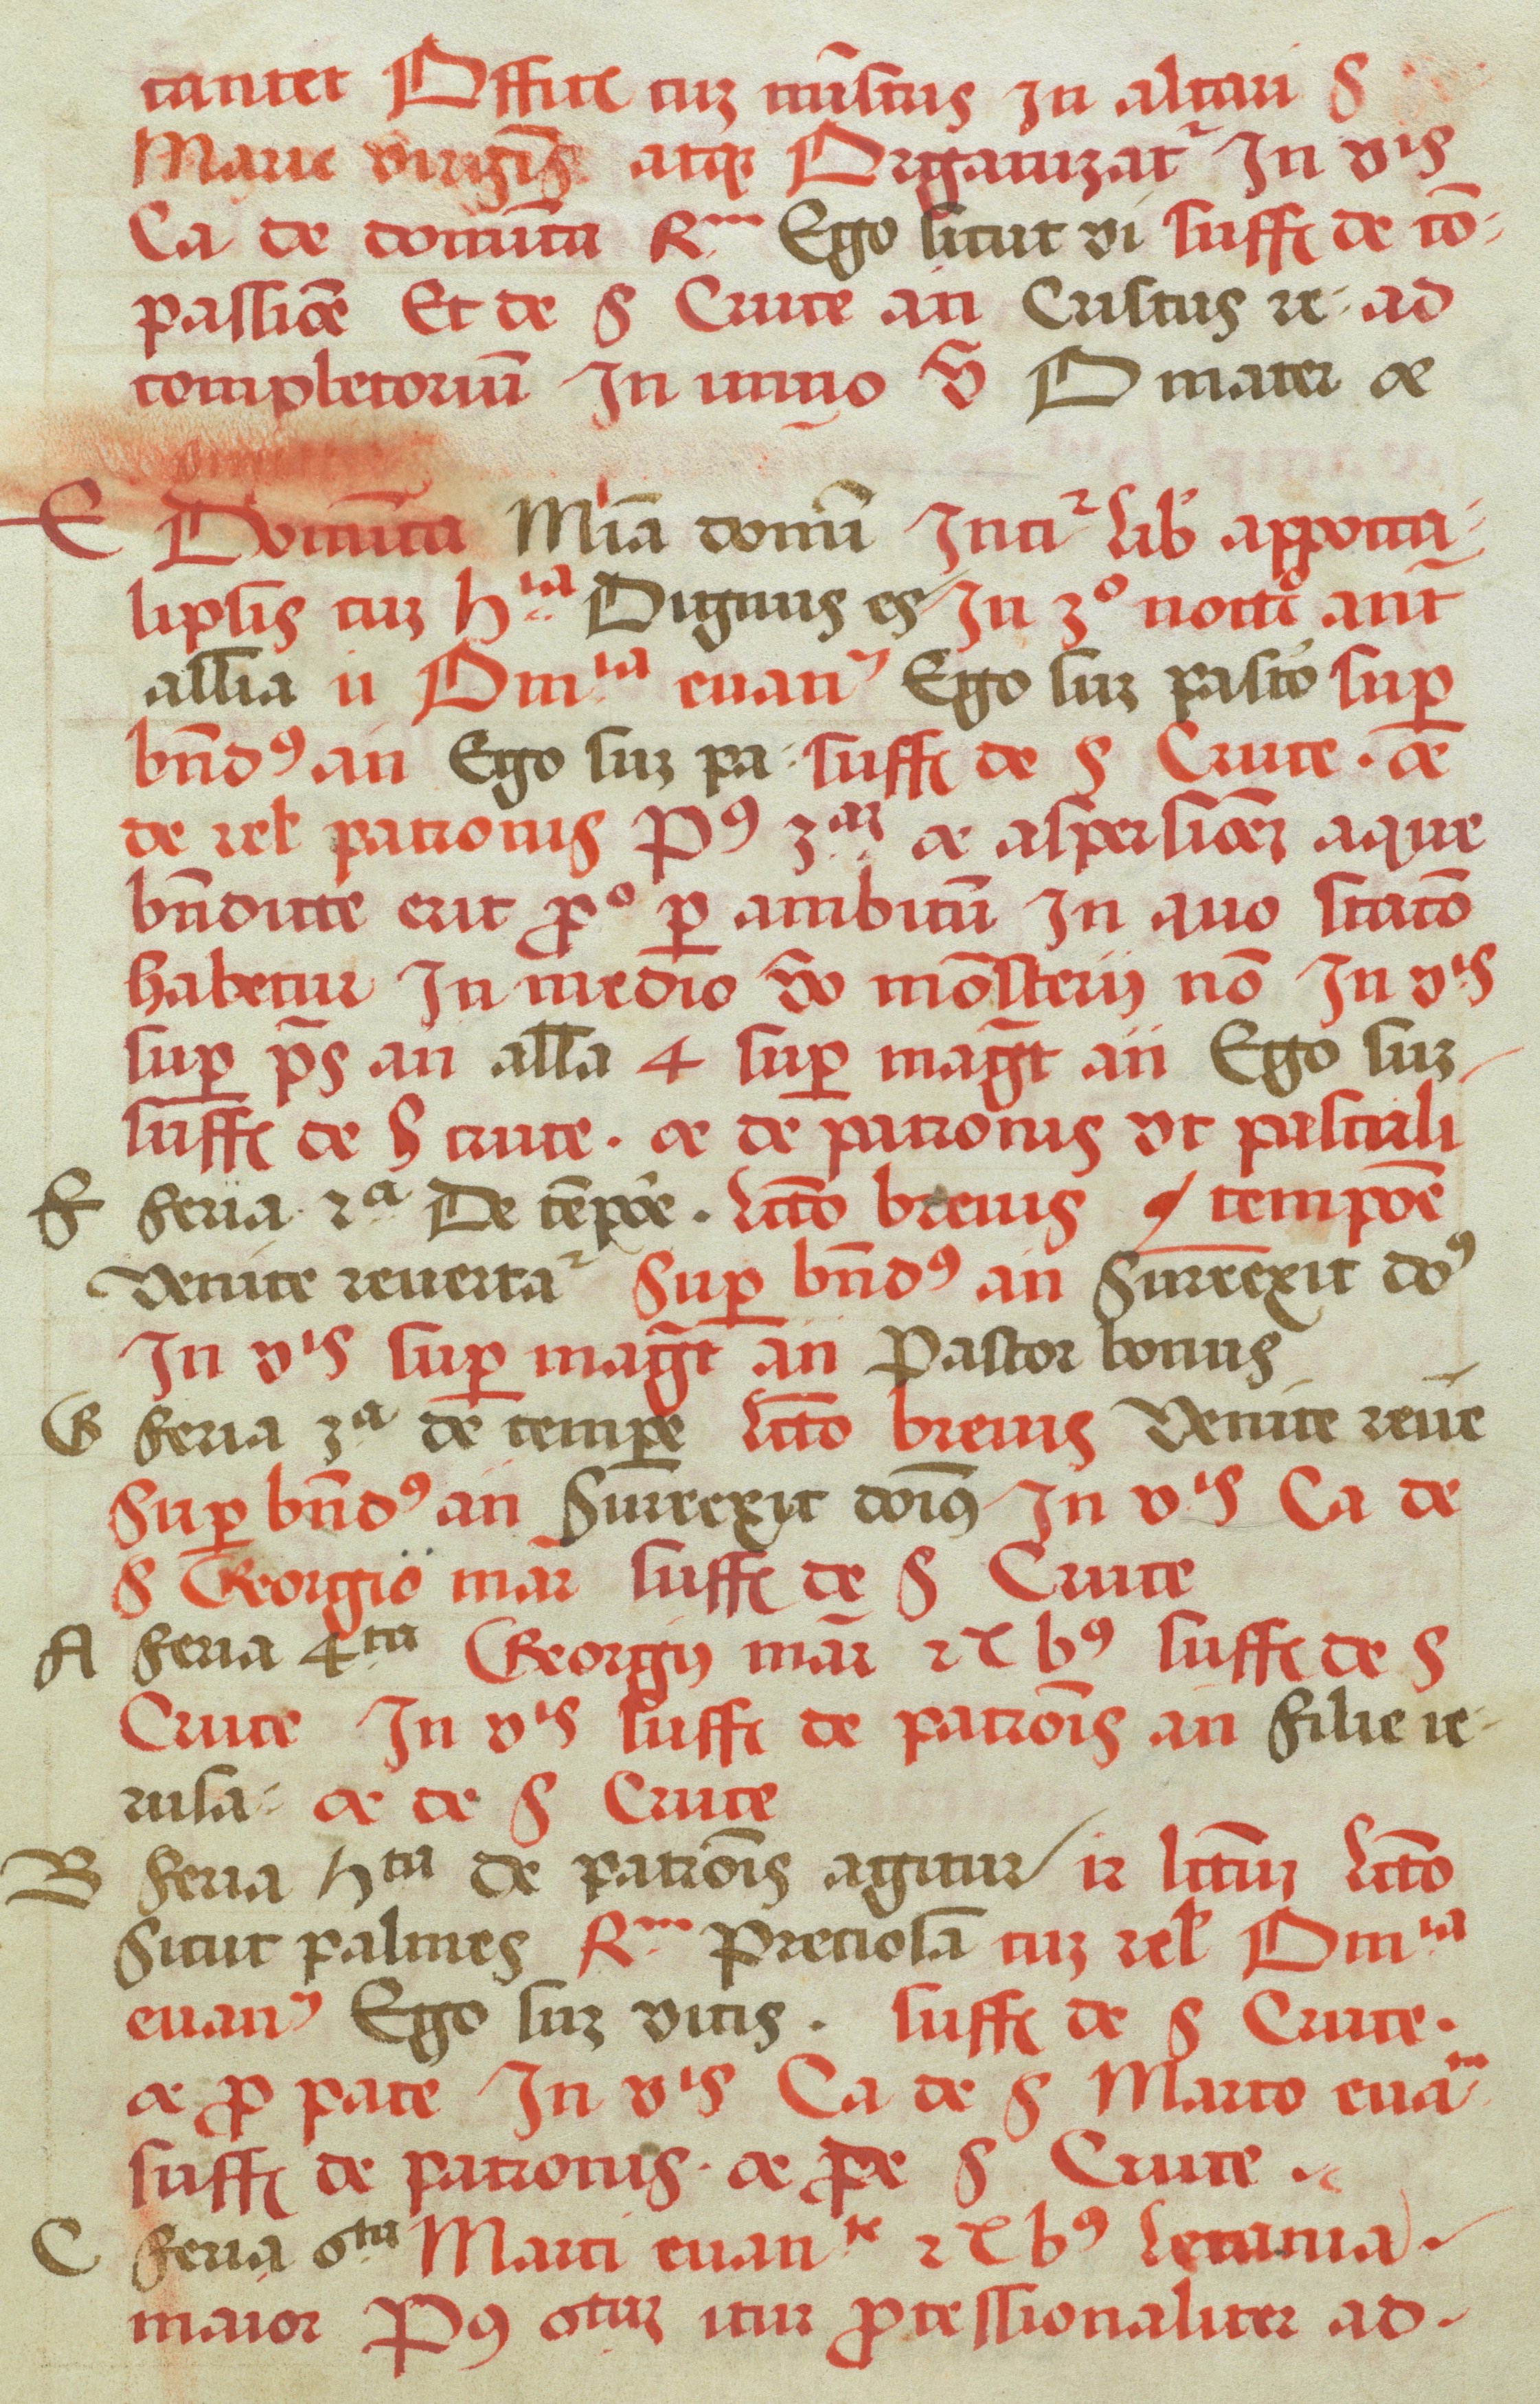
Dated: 1505–1535